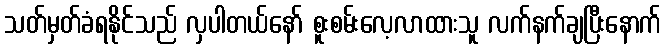
သတ်မှတ်ခံရနိုင်သည် လှပါတယ်နော် စူးစမ်းလေ့လာထားသူ လက်နက်ချပြီးနောက်